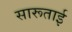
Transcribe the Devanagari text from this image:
सारूताई